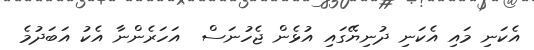
އެކަނި މައި އެކަނި ދުނިޔޭގައި އުޅެން ޖެހުނަސް  އަހަރެންނާ އެކު އަބަދުމެ